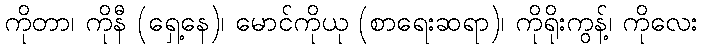
ကိုတာ၊ ကိုနီ (ရှေ့နေ)၊ မောင်ကိုယု (စာရေးဆရာ)၊ ကိုရိုးကွန့်၊ ကိုလေး